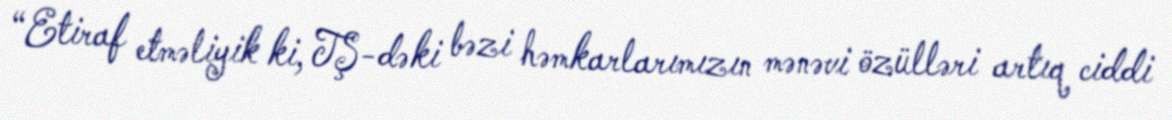
“Etiraf etməliyik ki, TŞ-dəki bəzi həmkarlarımızın mənəvi özülləri artıq ciddi